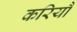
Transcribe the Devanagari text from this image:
करियौ